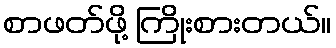
စာဖတ်ဖို့ ကြိုးစားတယ်။